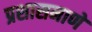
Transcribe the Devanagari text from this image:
प्रशासनाणे